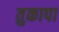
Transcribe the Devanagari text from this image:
तुकापा